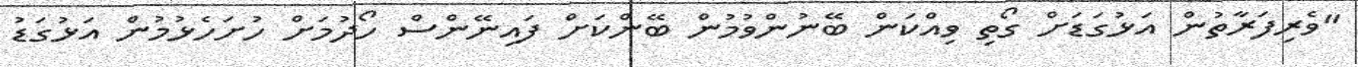
"ވެރިފަރާތުން އަޅުގަޑަށް ގޯތި ވިއްކަން ބޭނުންވުމުން ބޭންކަށް ފައިނޭންސް ހޯދުމަށް ހުށަހެޅުމުން އަޅުގަޑު